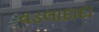
વડલાદાદા